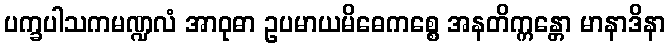
ပက္ခပါသကမဏ္ဍလံ အာဝုဓာ ဥပမာယမိဓေကစ္စေ အနတိက္ကန္တော မာနာဒိနာ